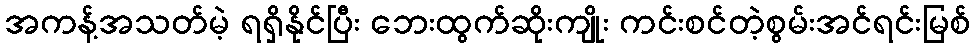
အကန့်အသတ်မဲ့ ရရှိနိုင်ပြီး ဘေးထွက်ဆိုးကျိုး ကင်းစင်တဲ့စွမ်းအင်ရင်းမြစ်